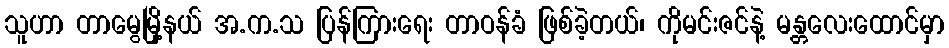
သူဟာ တာမွေမြို့နယ် အ.က.သ ပြန်ကြားရေး တာဝန်ခံ ဖြစ်ခဲ့တယ်၊ ကိုမင်းဇင်နဲ့ မန္တလေးထောင်မှာ